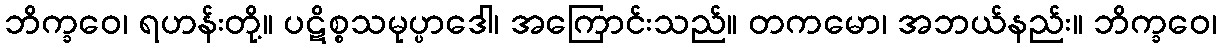
ဘိက္ခဝေ၊ ရဟန်းတို့။ ပဋိစ္စသမုပ္ပာဒေါ၊ အကြောင်းသည်။ တကမော၊ အဘယ်နည်း။ ဘိက္ခဝေ၊